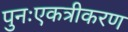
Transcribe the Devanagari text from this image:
पुनःएकत्रीकरण